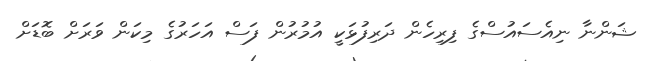
ޝަންނާ ނިއެސައުސްގެ ފިރިހެން ދަރިފުޅަކީ އުމުރުން ފަސް އަހަރުގެ މިކަން ވަރަށް ބޮޑަށް